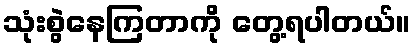
သုံးစွဲနေကြတာကို တွေ့ရပါတယ်။